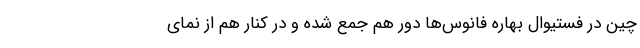
چین در فستیوال بهاره فانوس‌ها دور هم جمع شده و در کنار هم از نمای